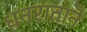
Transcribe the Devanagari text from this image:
धनराताने